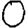
Digit: 0